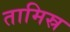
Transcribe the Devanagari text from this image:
तामिस्र